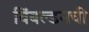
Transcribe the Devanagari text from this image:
विंबल्डनची